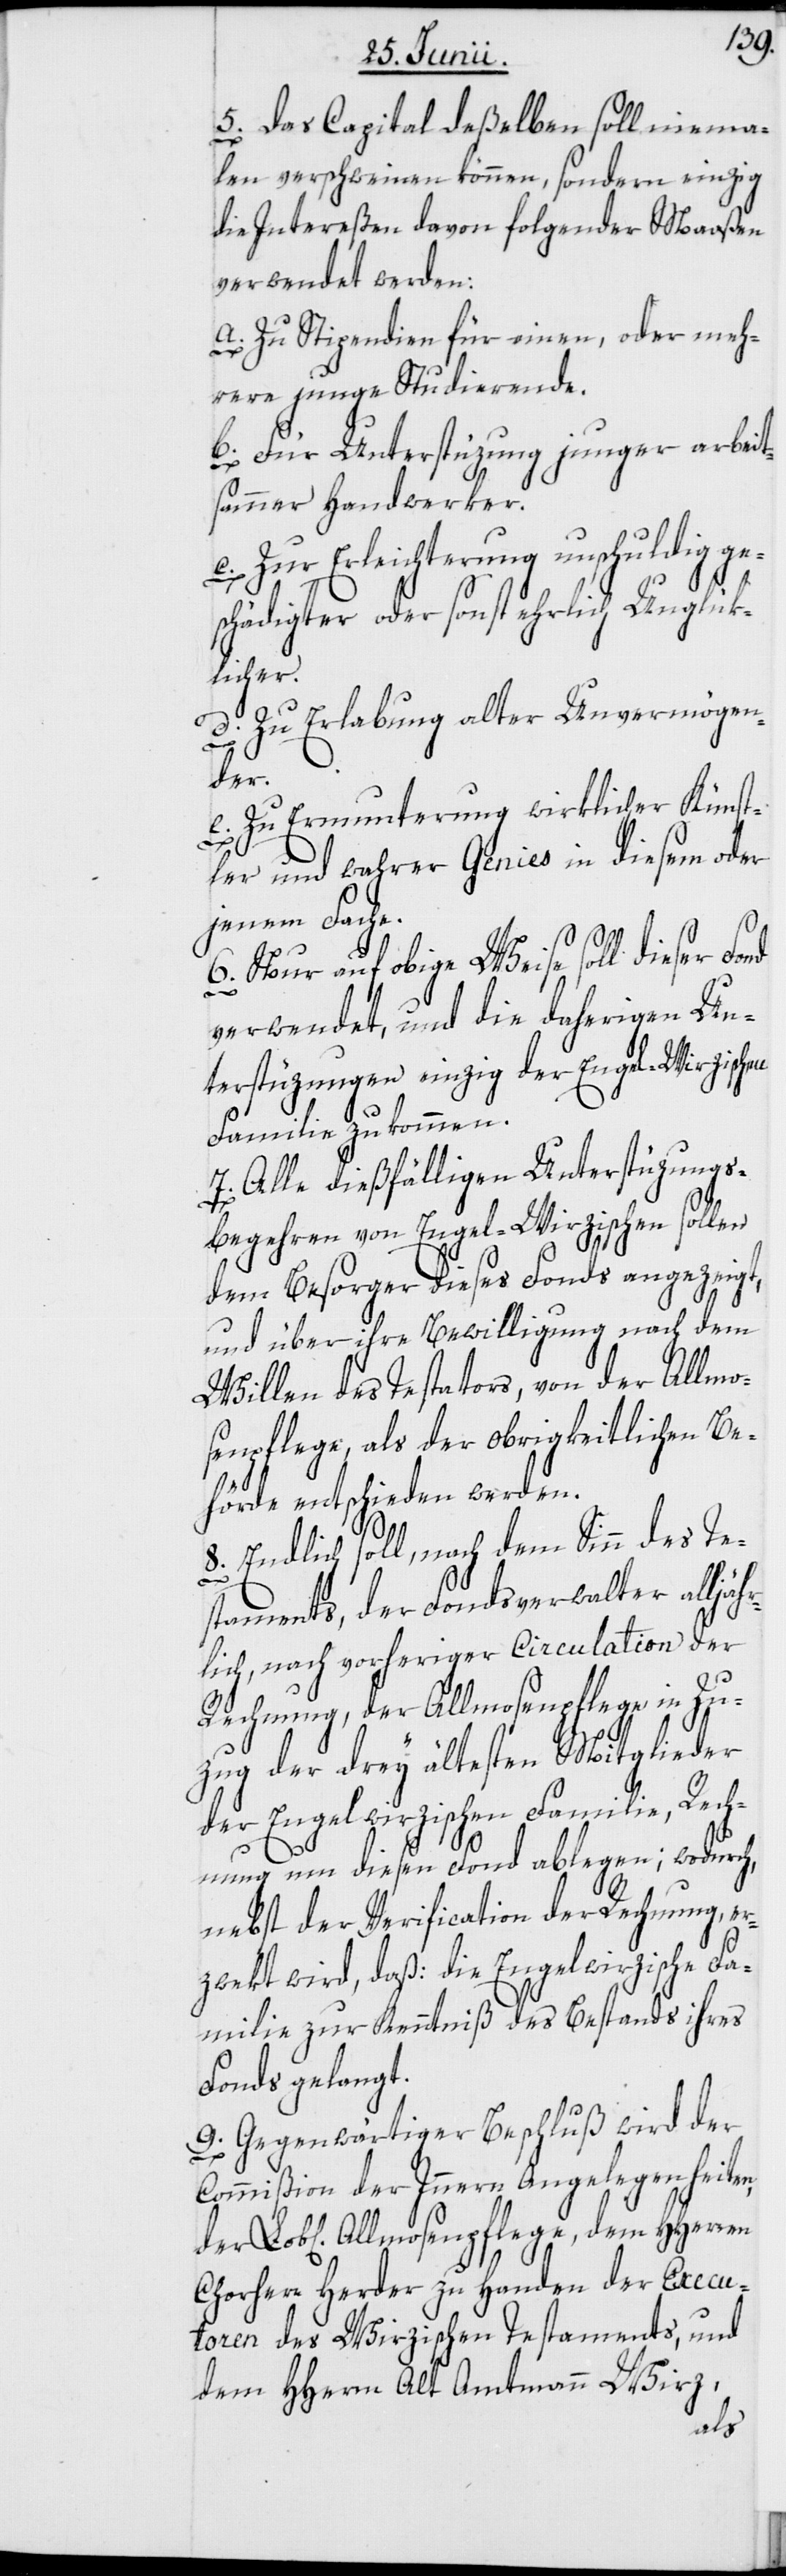
5. Das Capital deßelben soll niema¬
len verschweinen können, sondern einzig
die Intereßen davon folgender Maaßen
verwendet werden:
a. Zu Stipendien für einen, oder meh¬
rere junge Studierende.
b. Für Unterstüzung junger arbeit¬
sammer Handwerker.
c. Zur Erleichterung unschuldig ge¬
schädigter oder sonst ehrlich Unglük¬
licher.
d. Zur Erlabung alter Unvermögen¬
der
e. Zu Ermunterung wirklicher Künst¬
ler und wahrer Genies in diesem oder
jenem Fache.
6. Nur auf obige Weise soll dieser Fond
verwendet, und die daherigen Un¬
terstüzungen einzig der Engel-Wirzischen
Familie zukommen.
7. Alle dießfälligen Unterstüzungs¬
begehren von Engel-Wirzischen sollen
dem Besorger dieses Fonds angezeigt,
und über ihre Bewilligung nach dem
Willen des Testators, von der Allmo¬
senpflege, als der obrigkeitlichen Be¬
hörde entschieden werden.
Lob[li¬
8. Endlich soll, nach dem Sinn des Te¬
staments, der Fondsverwalter alljäh¬
rlich, nach vorheriger Circulation der
Rechnung, der Allmosenpflege in Zu¬
zug der drey ältesten Mitglieder
der Engelwirzischen Familie, Rech¬
nung um diesen Fond ablegen; wodurch,
nebst der Verification der Rechnung, er¬
zwekt wird, daß: die Engelwirzische Fa¬
milie zur Kenntniß des Bestands ihres
Fonds gelangt.
9. Gegenwärtiger Beschluß wird der
Commißion der Innern Angelegenheiten,
chen] Allmosenpflege, dem HHerren
Chorherr Herder zu Handen der Execu¬
toren des Wirzischen Testaments, und
dem HHerrn Alt Amtmann Wirz,